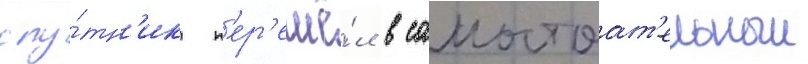
спу́тн'ик п'ер'ешё́л в самостоат'ельныи